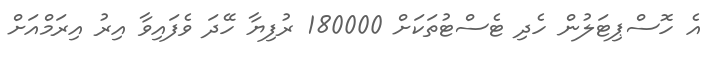
އެ ހޮސްޕިޓަލުން ހެދި ޓެސްޓުތަކަށް 180000 ރުފިޔާ ހޭދަ ވެފައިވާ އިރު އިރަމްއަށް